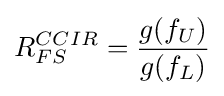
R_{FS}^{CCIR}={\frac {g(f_{U})}{g(f_{L})}}